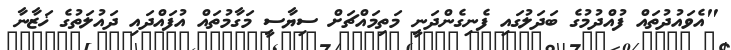
"އެވައުދުތައް ފުއްދުމުގެ ބަދަލުގައި ފެނިގެންދަނީ މަތިމައްޗަށް ސިޔާސީ މަގާމުތައް އުފައްދައި ދައުލަތުގެ ޚަޒާނާ